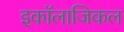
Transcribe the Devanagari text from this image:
इकॉलाजिकल